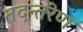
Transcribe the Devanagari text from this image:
तदन्तरेण